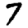
Digit: 7